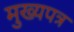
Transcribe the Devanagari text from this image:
मुख्यपत्र